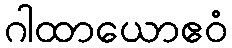
ဂါထာယောဧဝံ